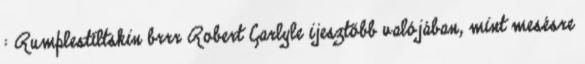
: Rumplestiltskin brrr Robert Carlyle ijesztőbb valójában, mint mesésre